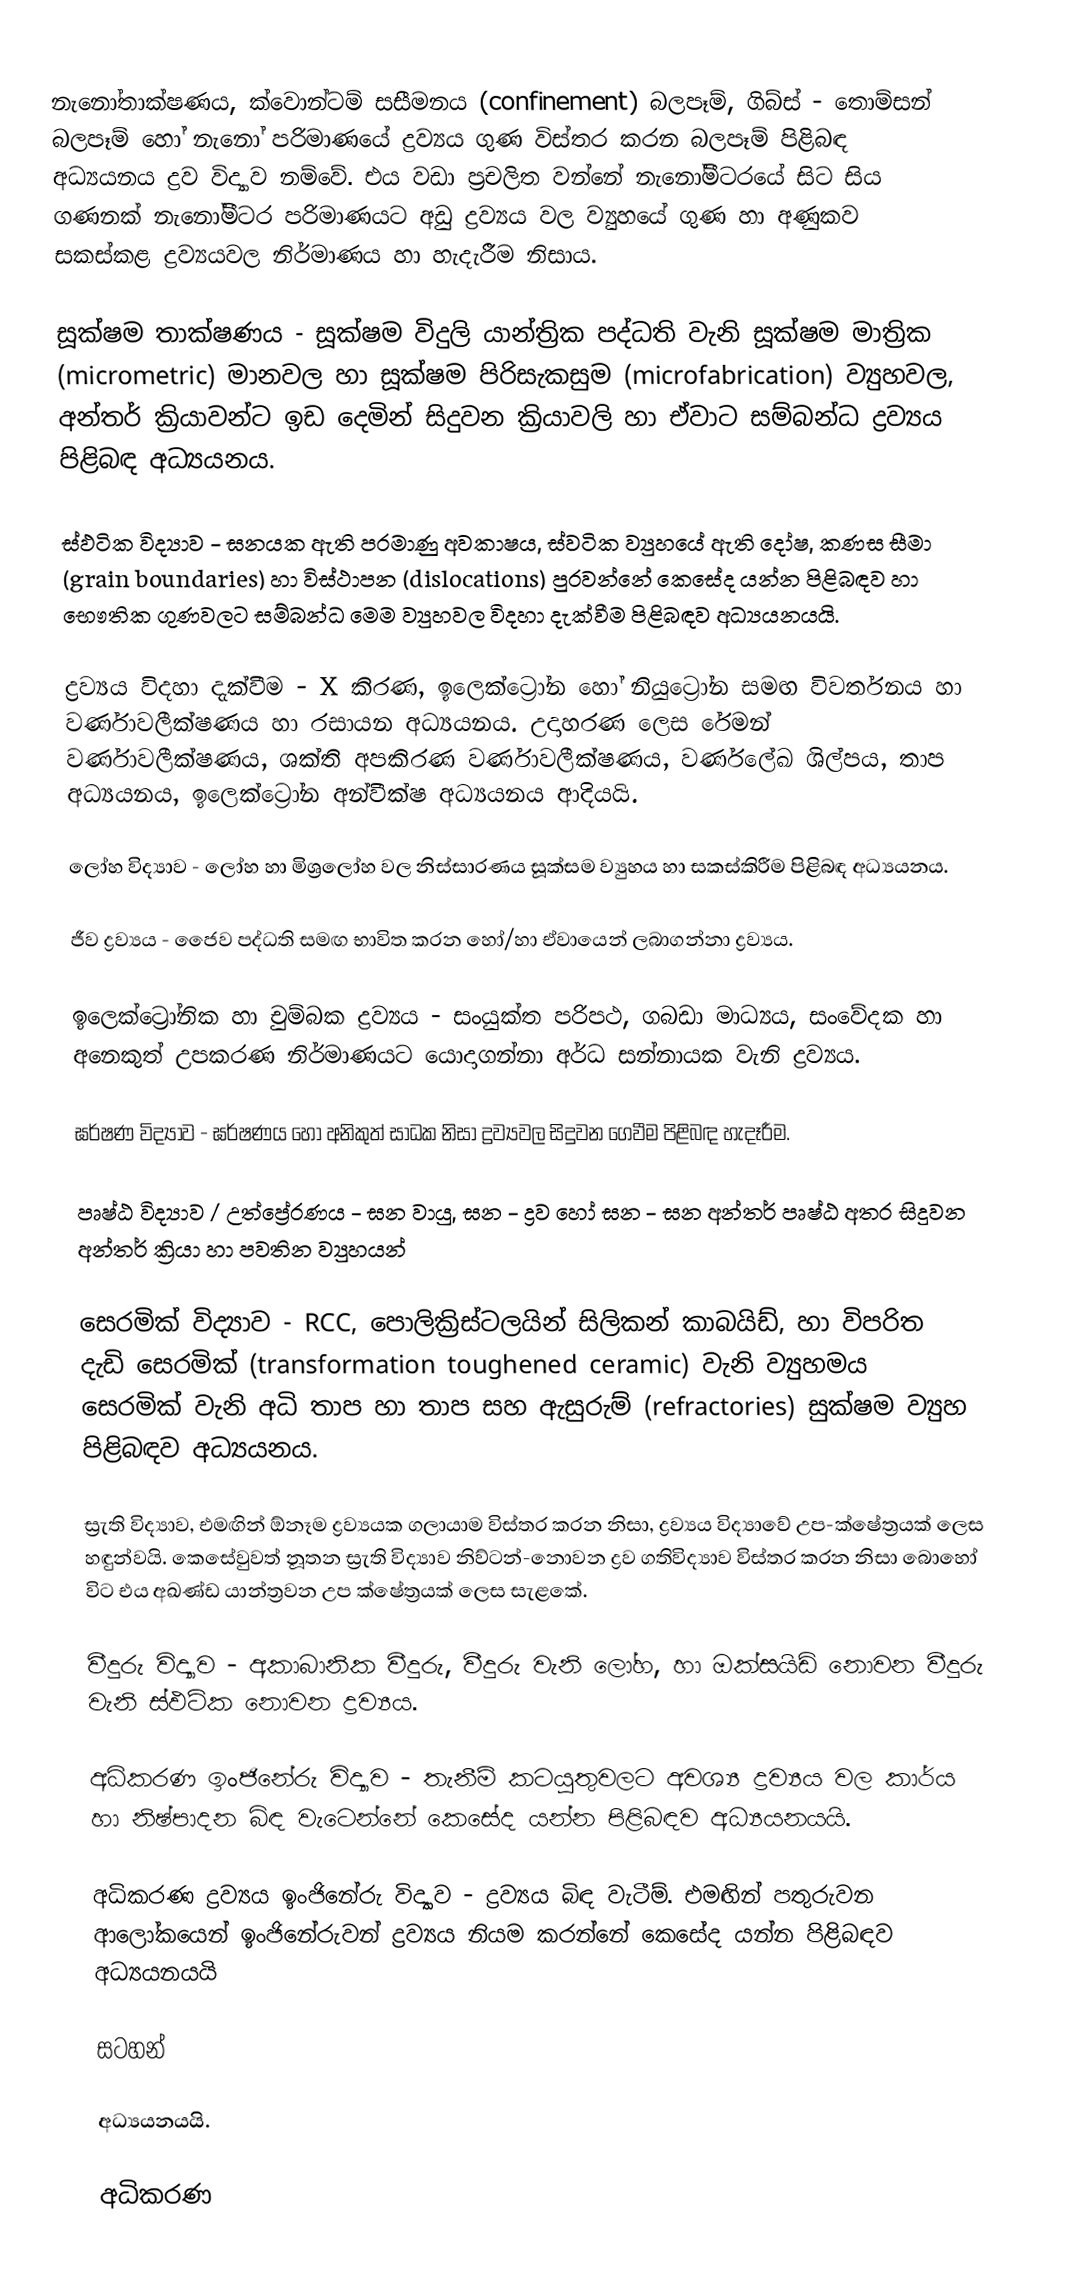
නැනෝතාක්ෂණය, ක්වොන්ටම් සසීමනය (confinement) බලපෑම්, ගිබ්ස් - තොම්සන් බලපෑම් හෝ නැනෝ පරිමාණයේ ද්‍රව්‍යය ගුණ විස්තර කරන බලපෑම් පිළිබඳ අධ්‍යයනය ද්‍රව විද්‍යාව නම්වේ. එය වඩා ප්‍රචලිත වන්නේ නැනෝමීටරයේ සිට සිය ගණනක් නැනෝමීටර පරිමාණයට අඩු ද්‍රව්‍යය වල ව්‍යුහයේ ගුණ හා අණුකව සකස්කළ ද්‍රව්‍යයවල නිර්මාණය හා හැදැරීම නිසාය.

සූක්ෂම තාක්ෂණය - සූක්ෂම විදුලි යාන්ත්‍රික පද්ධති වැනි සූක්ෂම මාත්‍රික (micrometric) මානවල හා සූක්ෂම පිරිසැකසුම (microfabrication) ව්‍යුහවල, අන්තර් ක්‍රියාවන්ට ඉඩ දෙමින් සිදුවන ක්‍රියාවලි හා ඒවාට සම්බන්ධ ද්‍රව්‍යය පිළිබඳ අධ්‍යයනය.

ස්ඵටික විද්‍යාව - ඝනයක ඇති පරමාණු අවකාෂය, ස්වටික ව්‍යුහයේ ඇති දෝෂ, කණස සීමා (grain boundaries) හා විස්ථාපන (dislocations) පුරවන්නේ කෙසේද යන්න පිළිබඳව හා භෞතික ගුණවලට සම්බන්ධ මෙම ව්‍යුහවල විදහා දැක්වීම පිළිබඳව අධ්‍යයනයයි.

ද්‍රව්‍යය විදහා දැක්වීම - X කිරණ, ඉලෙක්ට්‍රෝන හෝ නියුට්‍රෝන සමඟ විවර්තනය හා වර්ණාවලීක්ෂණය හා රසායන අධ්‍යයනය. උදාහරණ ලෙස රේමන් වර්ණාවලීක්ෂණය, ශක්ති අපකිරණ වර්ණාවලීක්ෂණය, වර්ණලේඛ ශිල්පය, තාප අධ්‍යයනය, ඉලෙක්ට්‍රෝන අන්වීක්ෂ අධ්‍යයනය ආදියයි.

ලෝහ විද්‍යාව - ලෝහ හා මිශ්‍රලෝහ වල නිස්සාරණය සූක්සම ව්‍යුහය හා සකස්කිරීම පිළිබඳ අධ්‍යයනය.

ජීව ද්‍රව්‍යය - ජෛව පද්ධති සමඟ භාවිත කරන හෝ/හා ඒවායෙන් ලබාගන්නා ද්‍රව්‍යය.

ඉලෙක්ට්‍රෝනික හා චුම්බක ද්‍රව්‍යය - සංයුක්ත පරිපථ, ගබඩා මාධ්‍යය, සංවේදක හා අනෙකුත් උපකරණ නිර්මාණයට යොදාගන්නා අර්ධ සන්නායක වැනි ද්‍රව්‍යය.

ඝර්ෂණ විද්‍යාව - ඝර්ෂණය හෝ අනිකුත් සාධක නිසා ද්‍රව්‍යවල සිදුවන ගෙවීම පිළිබඳ හැදෑරීම.

පෘෂ්ඨ විද්‍යාව / උත්ප්‍රේරණය - ඝන වායු, ඝන - ද්‍රව හෝ ඝන - ඝන අන්තර් පෘෂ්ඨ අතර සිදුවන අන්තර් ක්‍රියා හා පවතින ව්‍යුහයන්

සෙරමික් විද්‍යාව - RCC, පොලික්‍රිස්ටලයින් සිලිකන් කාබයිඩ්, හා විපරිත දැඩි සෙරමික් (transformation toughened ceramic) වැනි ව්‍යුහමය සෙරමික් වැනි අධි තාප හා තාප සහ ඇසුරුම් (refractories) සුක්ෂම ව්‍යුහ පිළිබඳව අධ්‍යයනය.

ස්‍රැති විද්‍යාව, එමඟින් ඕනෑම ද්‍රව්‍යයක ගලායාම විස්තර කරන නිසා, ද්‍රව්‍යය විද්‍යාවේ උප-ක්ෂේත්‍රයක් ලෙස හඳුන්වයි. කෙසේවුවත් නූතන ස්‍රැති විද්‍යාව නිව්ටන්-නොවන ද්‍රව ගතිවිද්‍යාව විස්තර කරන නිසා බොහෝ විට එය අඛණ්ඩ යාන්ත්‍රවන උප ක්ෂේත්‍රයක් ලෙස සැළකේ.

වීදුරු විද්‍යාව - අකාබානික වීදුරු, වීදුරු වැනි ලෝහ, හා ඔක්සයිඩ් නොවන වීදුරු වැනි ස්ඵටික නොවන ද්‍රව්‍යය.

අධිකරණ ඉංජිනේරු විද්‍යාව - තැනීම් කටයුතුවලට අවශ්‍ය ද්‍රව්‍යය වල කාර්ය හා නිෂ්පාදන බිඳ වැටෙන්නේ කෙසේද යන්න පිළිබඳව අධ්‍යයනයයි.

අධිකරණ ද්‍රව්‍යය ඉංජිනේරු විද්‍යාව - ද්‍රව්‍යය බිඳ වැටීම්. එමඟින් පතුරුවන ආලෝකයෙන් ඉංජිනේරුවන් ද්‍රව්‍යය නියම කරන්නේ කෙසේද යන්න පිළිබඳව අධ්‍යයනයයි

සටහන්

 අධ්‍යයනයයි.

අධිකරණ